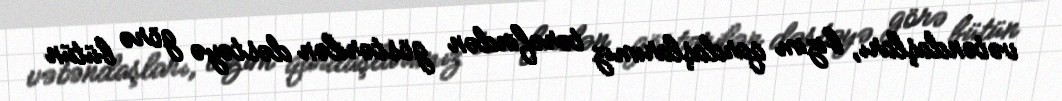
vətəndaşları, bizim qardaşlarımız tərəfindən göstərilən dəstəyə görə bütün